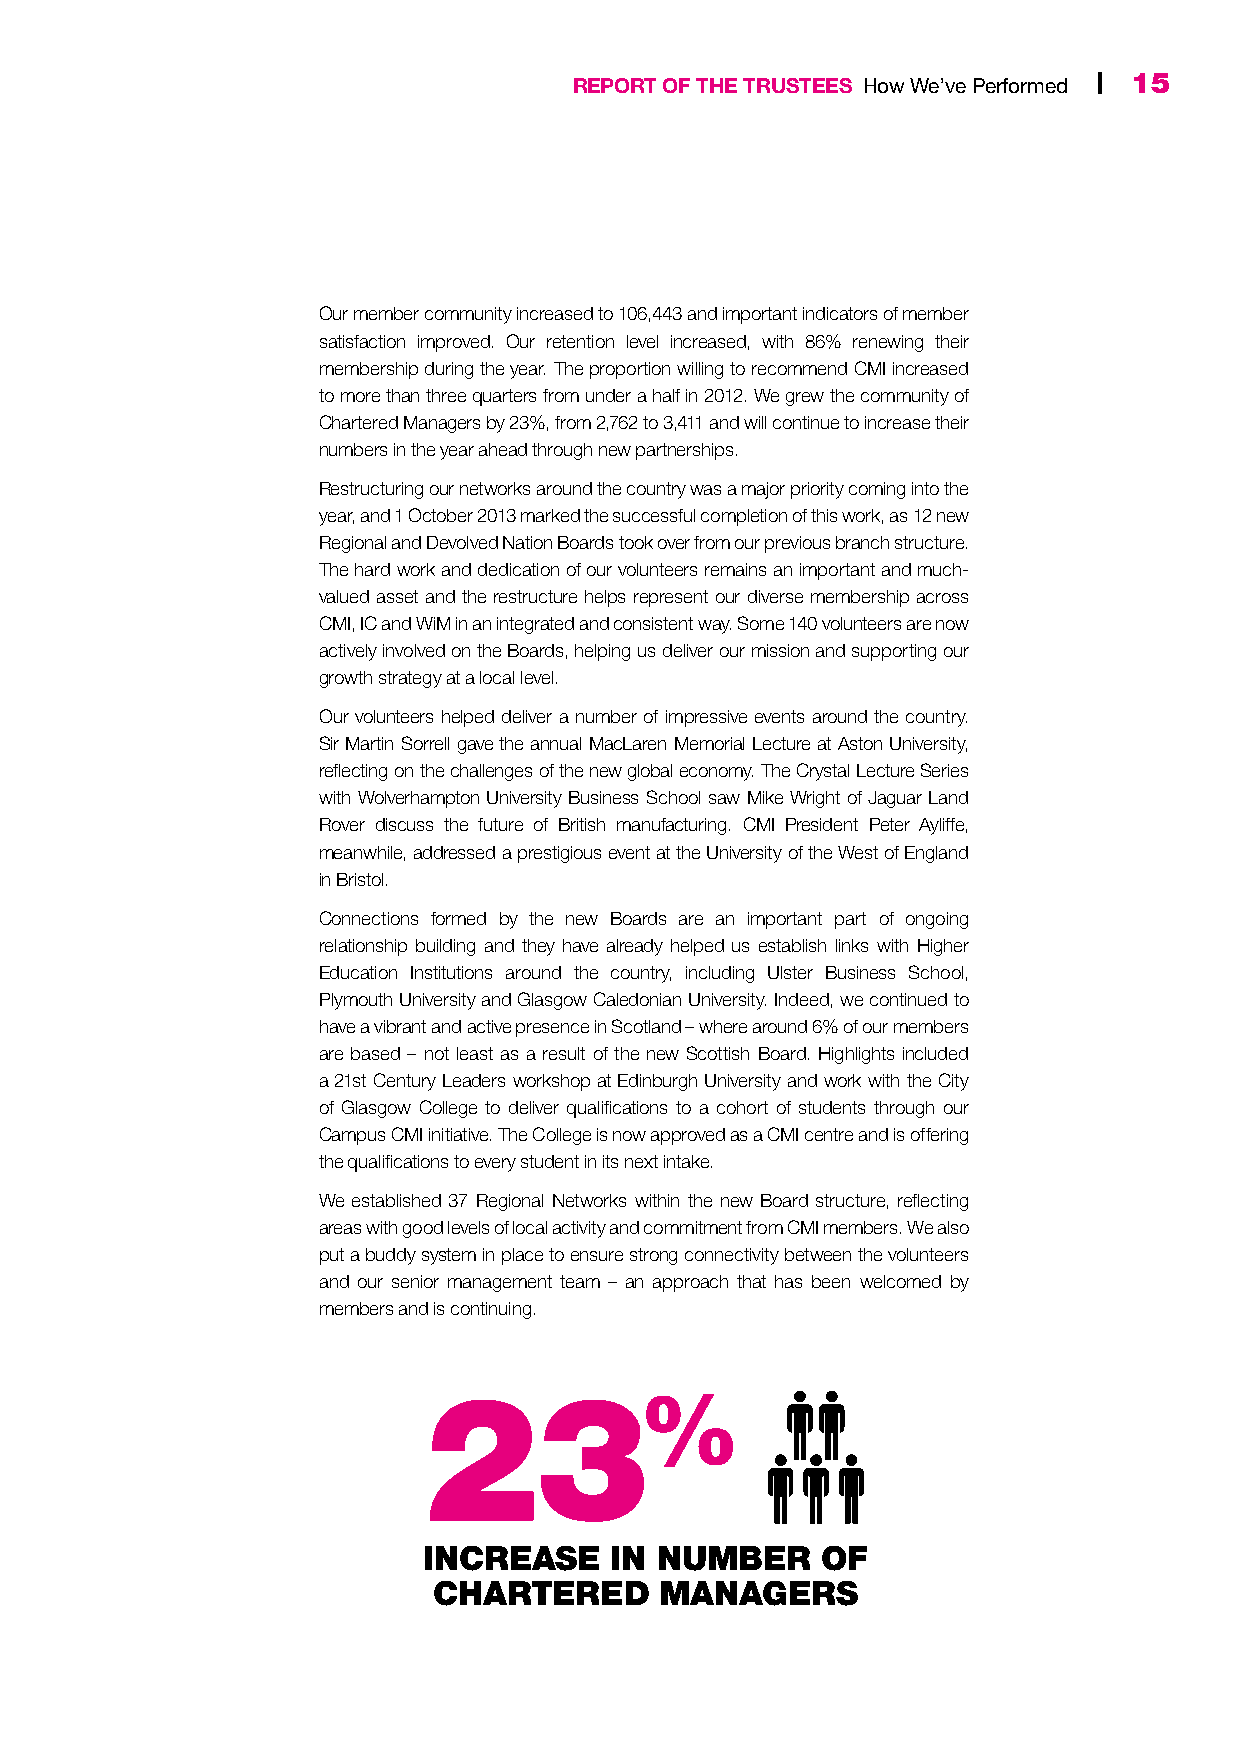
14 | CMI Annual Report & Accounts 2014 REPORT OF THE TRUSTEES How We’ve Performed | 15
 Our member community increased to 106,443 and important indicators of member
 satisfaction improved. Our retention level increased, with 86% renewing their
 membership during the year. The proportion willing to recommend CMI increased
 to more than three quarters from under a half in 2012. We grew the community of
 Chartered Managers by 23%, from 2,762 to 3,411 and will continue to increase their
 numbers in the year ahead through new partnerships.
 Restructuring our networks around the country was a major priority coming into the
 year, and 1 October 2013 marked the successful completion of this work, as 12 new
 Regional and Devolved Nation Boards took over from our previous branch structure.
 The hard work and dedication of our volunteers remains an important and much-
 valued asset and the restructure helps represent our diverse membership across
 CMI, IC and WiM in an integrated and consistent way. Some 140 volunteers are now
 actively involved on the Boards, helping us deliver our mission and supporting our
 growth strategy at a local level.
 Our volunteers helped deliver a number of impressive events around the country.
 Sir Martin Sorrell gave the annual MacLaren Memorial Lecture at Aston University,
 reflecting on the challenges of the new global economy. The Crystal Lecture Series
 with Wolverhampton University Business School saw Mike Wright of Jaguar Land
 Rover discuss the future of British manufacturing. CMI President Peter Ayliffe,
 meanwhile, addressed a prestigious event at the University of the West of England
 in Bristol.
 Connections formed by the new Boards are an important part of ongoing
 relationship building and they have already helped us establish links with Higher
 Education Institutions around the country, including Ulster Business School,
 Plymouth University and Glasgow Caledonian University. Indeed, we continued to
 have a vibrant and active presence in Scotland – where around 6% of our members
 are based – not least as a result of the new Scottish Board. Highlights included
 a 21st Century Leaders workshop at Edinburgh University and work with the City
 of Glasgow College to deliver qualifications to a cohort of students through our
 Campus CMI initiative. The College is now approved as a CMI centre and is offering
 the qualifications to every student in its next intake.
 We established 37 Regional Networks within the new Board structure, reflecting
 areas with good levels of local activity and commitment from CMI members. We also
 put a buddy system in place to ensure strong connectivity between the volunteers
 and our senior management team – an approach that has been welcomed by
 members and is continuing.
 23%
 INCREASE    IN NUMBER     OF
 CHARTERED      MANAGERS